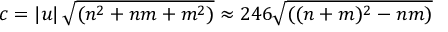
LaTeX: c = \left| { \boldsymbol { u } } \right| { \sqrt { ( n ^ { 2 } + n m + m ^ { 2 } ) } } \approx 2 4 6 { \sqrt { ( ( n + m ) ^ { 2 } - n m ) } }